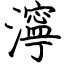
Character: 濘